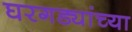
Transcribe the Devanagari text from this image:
घरगड्यांच्या